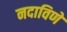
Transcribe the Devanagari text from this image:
नदाविणे